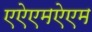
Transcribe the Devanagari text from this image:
एऐएमऐएम